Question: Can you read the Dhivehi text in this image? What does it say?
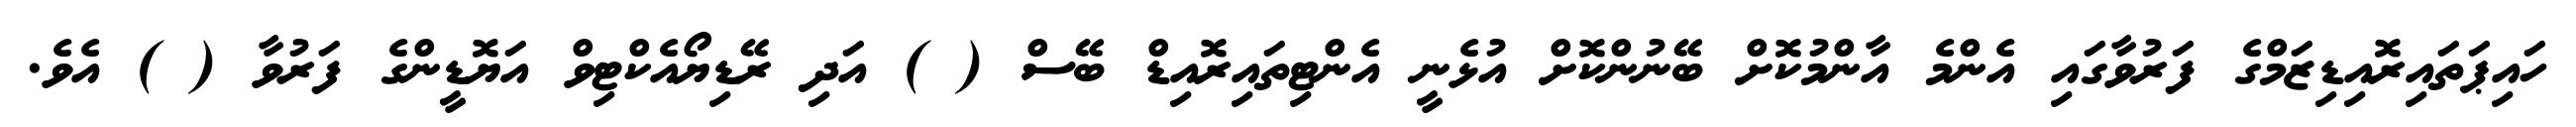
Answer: ހައިޕަތައިރޮއިޑިޒަމްގެ ފަރުވާގައި އެންމެ އާންމުކޮށް ބޭނުންކޮށް އުޅެނީ އެންޓިތައިރޮއިޑް ބޭސް ( ) އަދި ރޭޑިޔޯއެކްޓިވް އަޔޮޑީންގެ ފަރުވާ ( ) އެވެ.